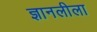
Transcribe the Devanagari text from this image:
ज्ञानलीला